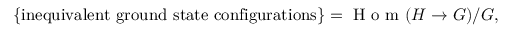
\{ \mathrm { i n e q u i v a l e n t ~ g r o u n d ~ s t a t e ~ c o n f i g u r a t i o n s } \} = \textrm { H o m } ( H \rightarrow G ) / G ,